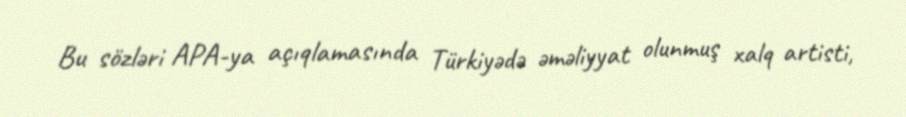
Bu sözləri APA-ya açıqlamasında Türkiyədə əməliyyat olunmuş xalq artisti,